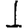
Digit: 1